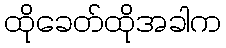
ထိုခေတ်ထိုအခါက